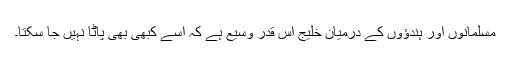
مسلمانوں اور ہندؤوں کے درمیان خلیج اس قدر وسیع ہے کہ اسے کبھی بھی پاٹا نہیں جا سکتا۔